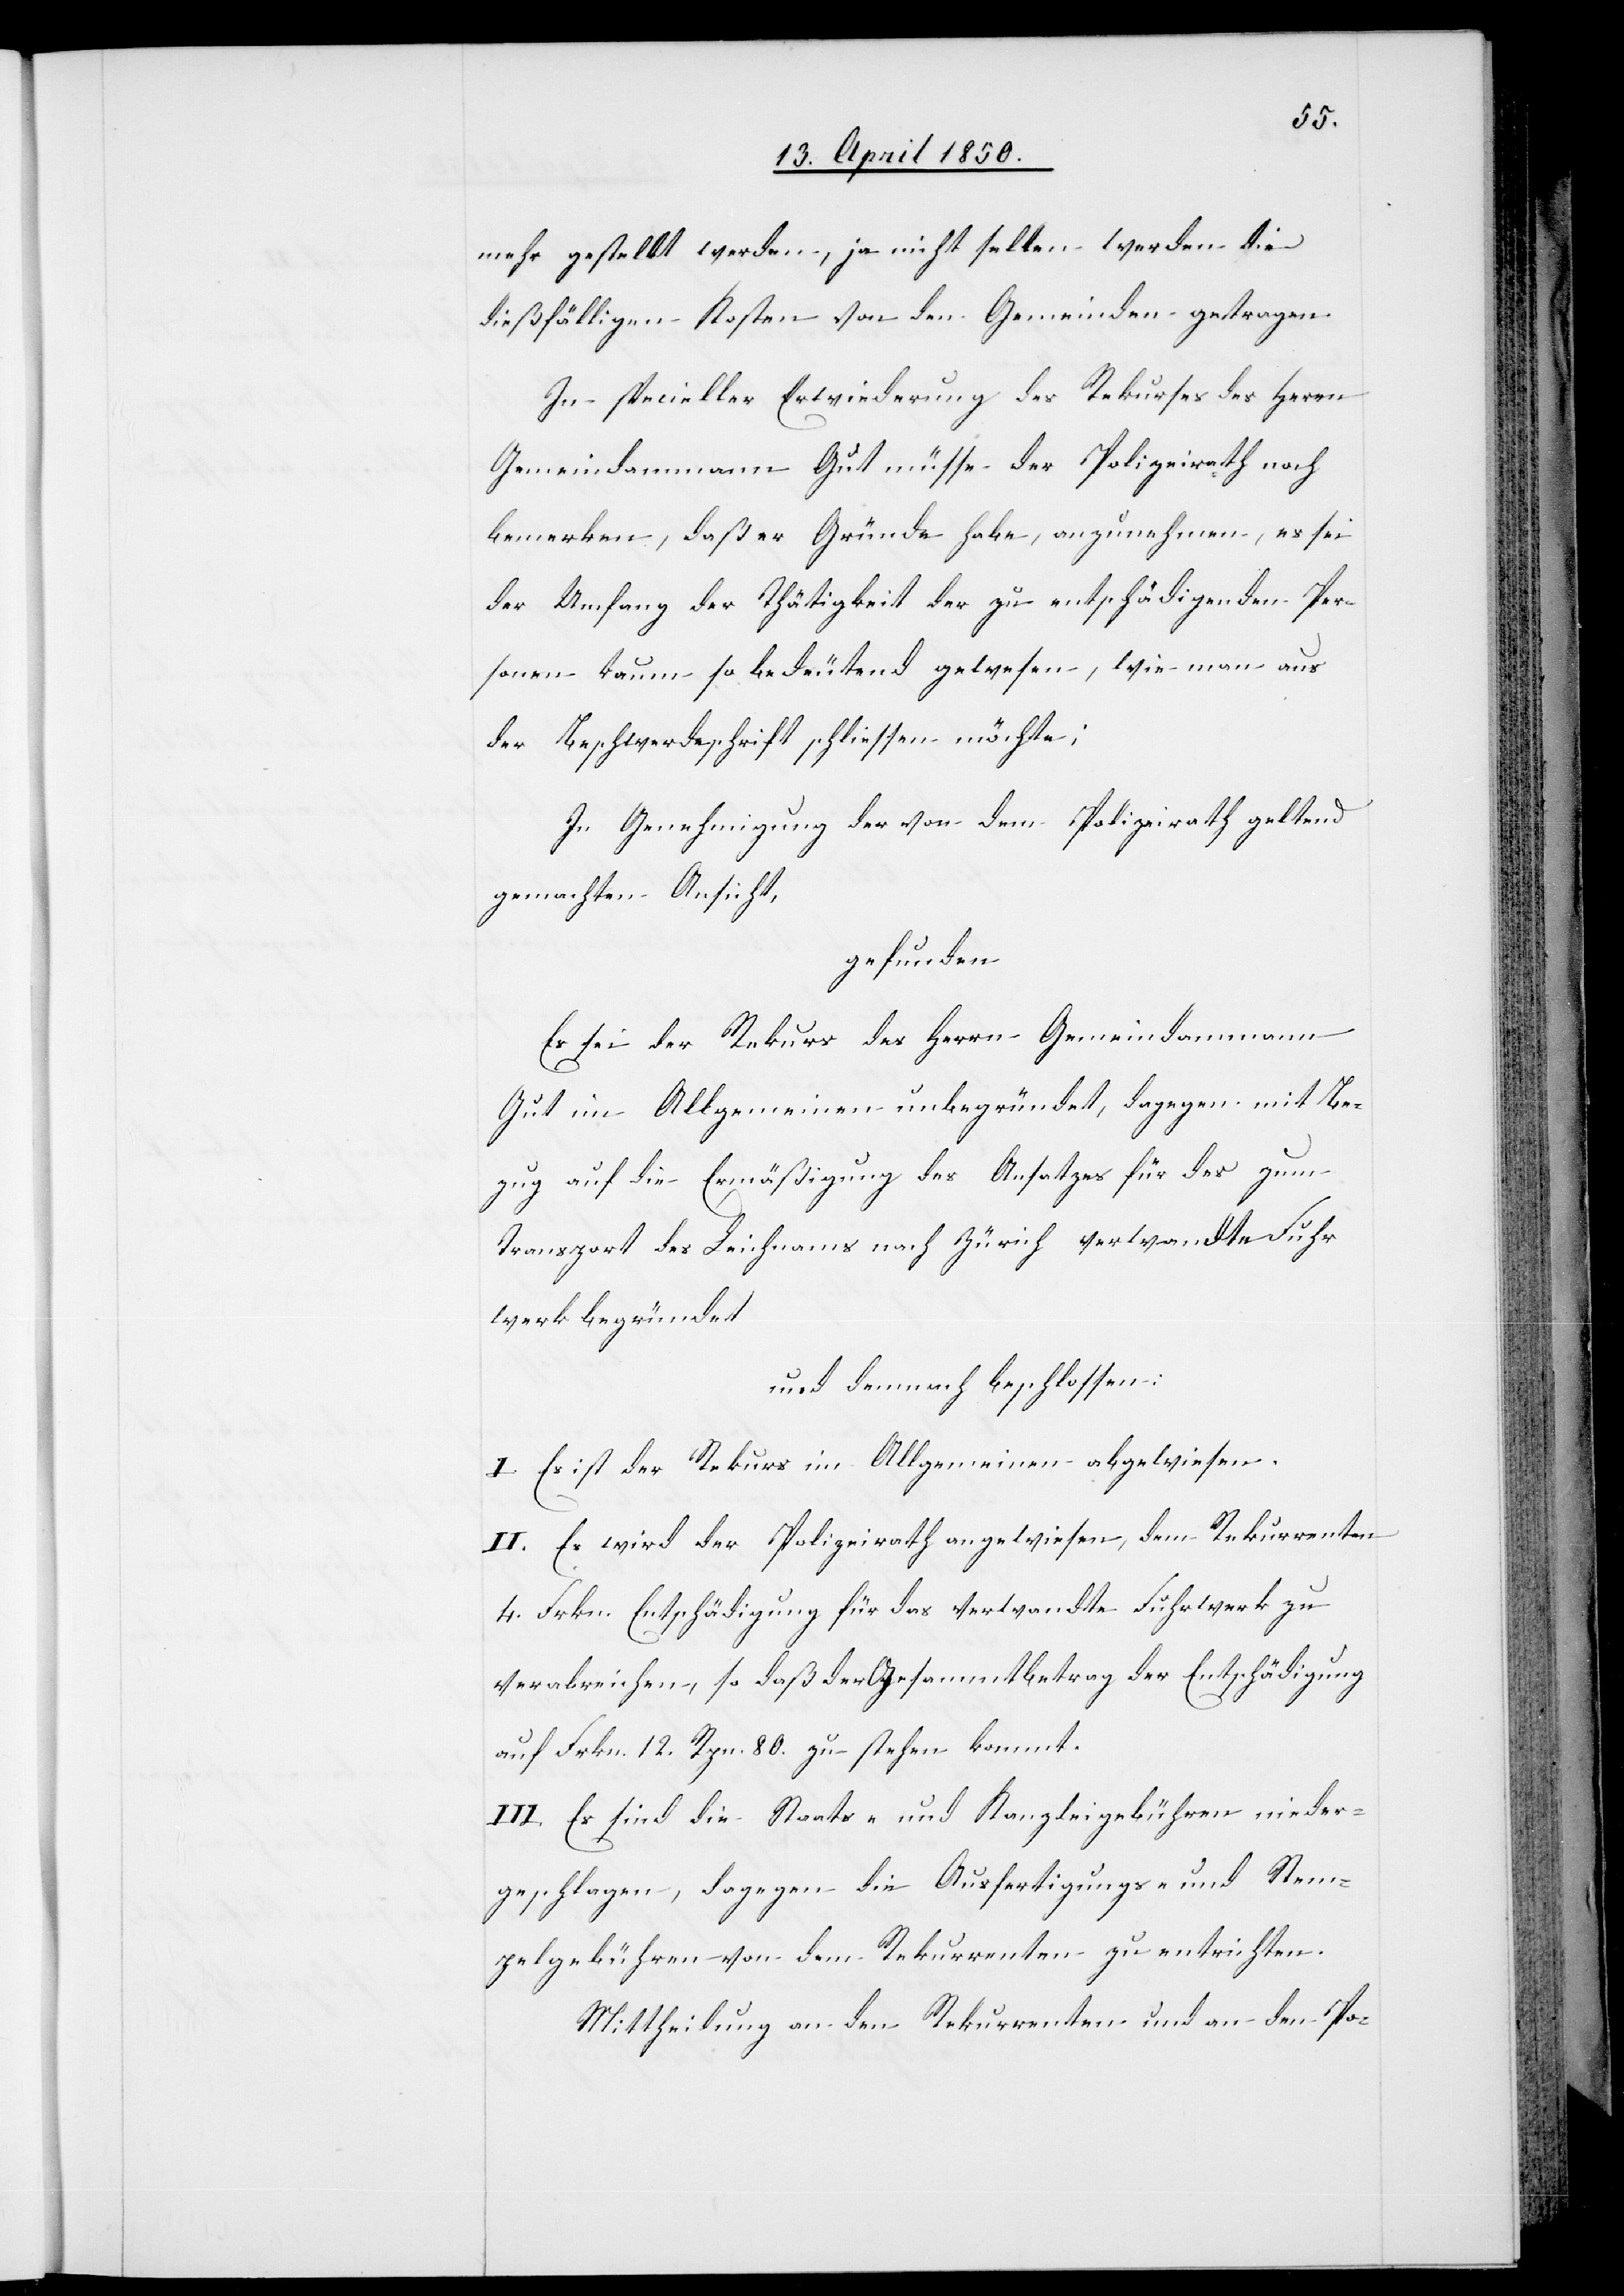
mehr gestellt werden, ja nicht selten werden die
dießfälligen Kosten von den Gemeinden getragen.
In specieller Erwiederung des Rekurses des Herrn
Gemeindammann Gut müsse der Polizeirath noch
bemerken, daß er Gründe habe, anzunehmen, es sei
der Umfang der Thätigkeit der zu entschädigenden Per¬
sonen kaum so bedeutend gewesen, wie man aus
der Beschwerdeschrift schliessen möchte;
In Genehmigung der von dem Polizeirath geltend
gemachten Ansicht,
begründet
Es sei der Rekurs des Herrn Gemeindammann
Gut im Allgemeinen unbegründet, dagegen mit Be¬
zug auf die Ermäßigung des Ansatzes für das zum
Transport des Leichnams nach Zürich verwandte Fuhr
und demnach beschlossen:
I. Es ist der Rekurs im Allgemeinen abgewiesen.
II. Es wird der Polizeirath angewiesen, dem Rekurrenten
4. Frkn. Entschädigung für das verwandte Fuhrwerk zu
verabreichen, so daß der Gesammtbetrag der Entschädigung
auf Frkn. 12. Rpn. 80. zu stehen kommt.
III. Es sind die Staats- und Kanzleigebühren nieder¬
geschlagen, dagegen die Ausfertigungs- und Stem¬
pelgebühren von dem Rekurrenten zu entrichten.
Mittheilung an den Rekurrenten und an den Po-